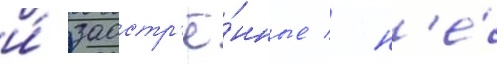
и́ заостр'ё́нные / н'е́